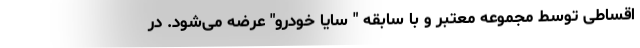
اقساطی توسط مجموعه معتبر و با سابقه " سایا خودرو" عرضه می‌شود. در